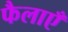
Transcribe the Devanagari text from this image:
फैलाएँ